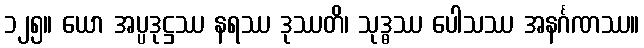
၁၂၅။ ယော အပ္ပဒုဋ္ဌဿ နရဿ ဒုဿတိ၊ သုဒ္ဓဿ ပေါသဿ အနင်္ဂဏဿ။